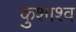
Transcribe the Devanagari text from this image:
कुशाश्व